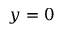
y = 0